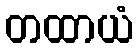
တထာယံ